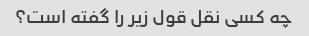
چه کسی نقل قول زیر را گفته است؟